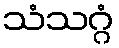
သံသဂ္ဂံ